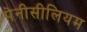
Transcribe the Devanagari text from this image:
पेनीसीलियम